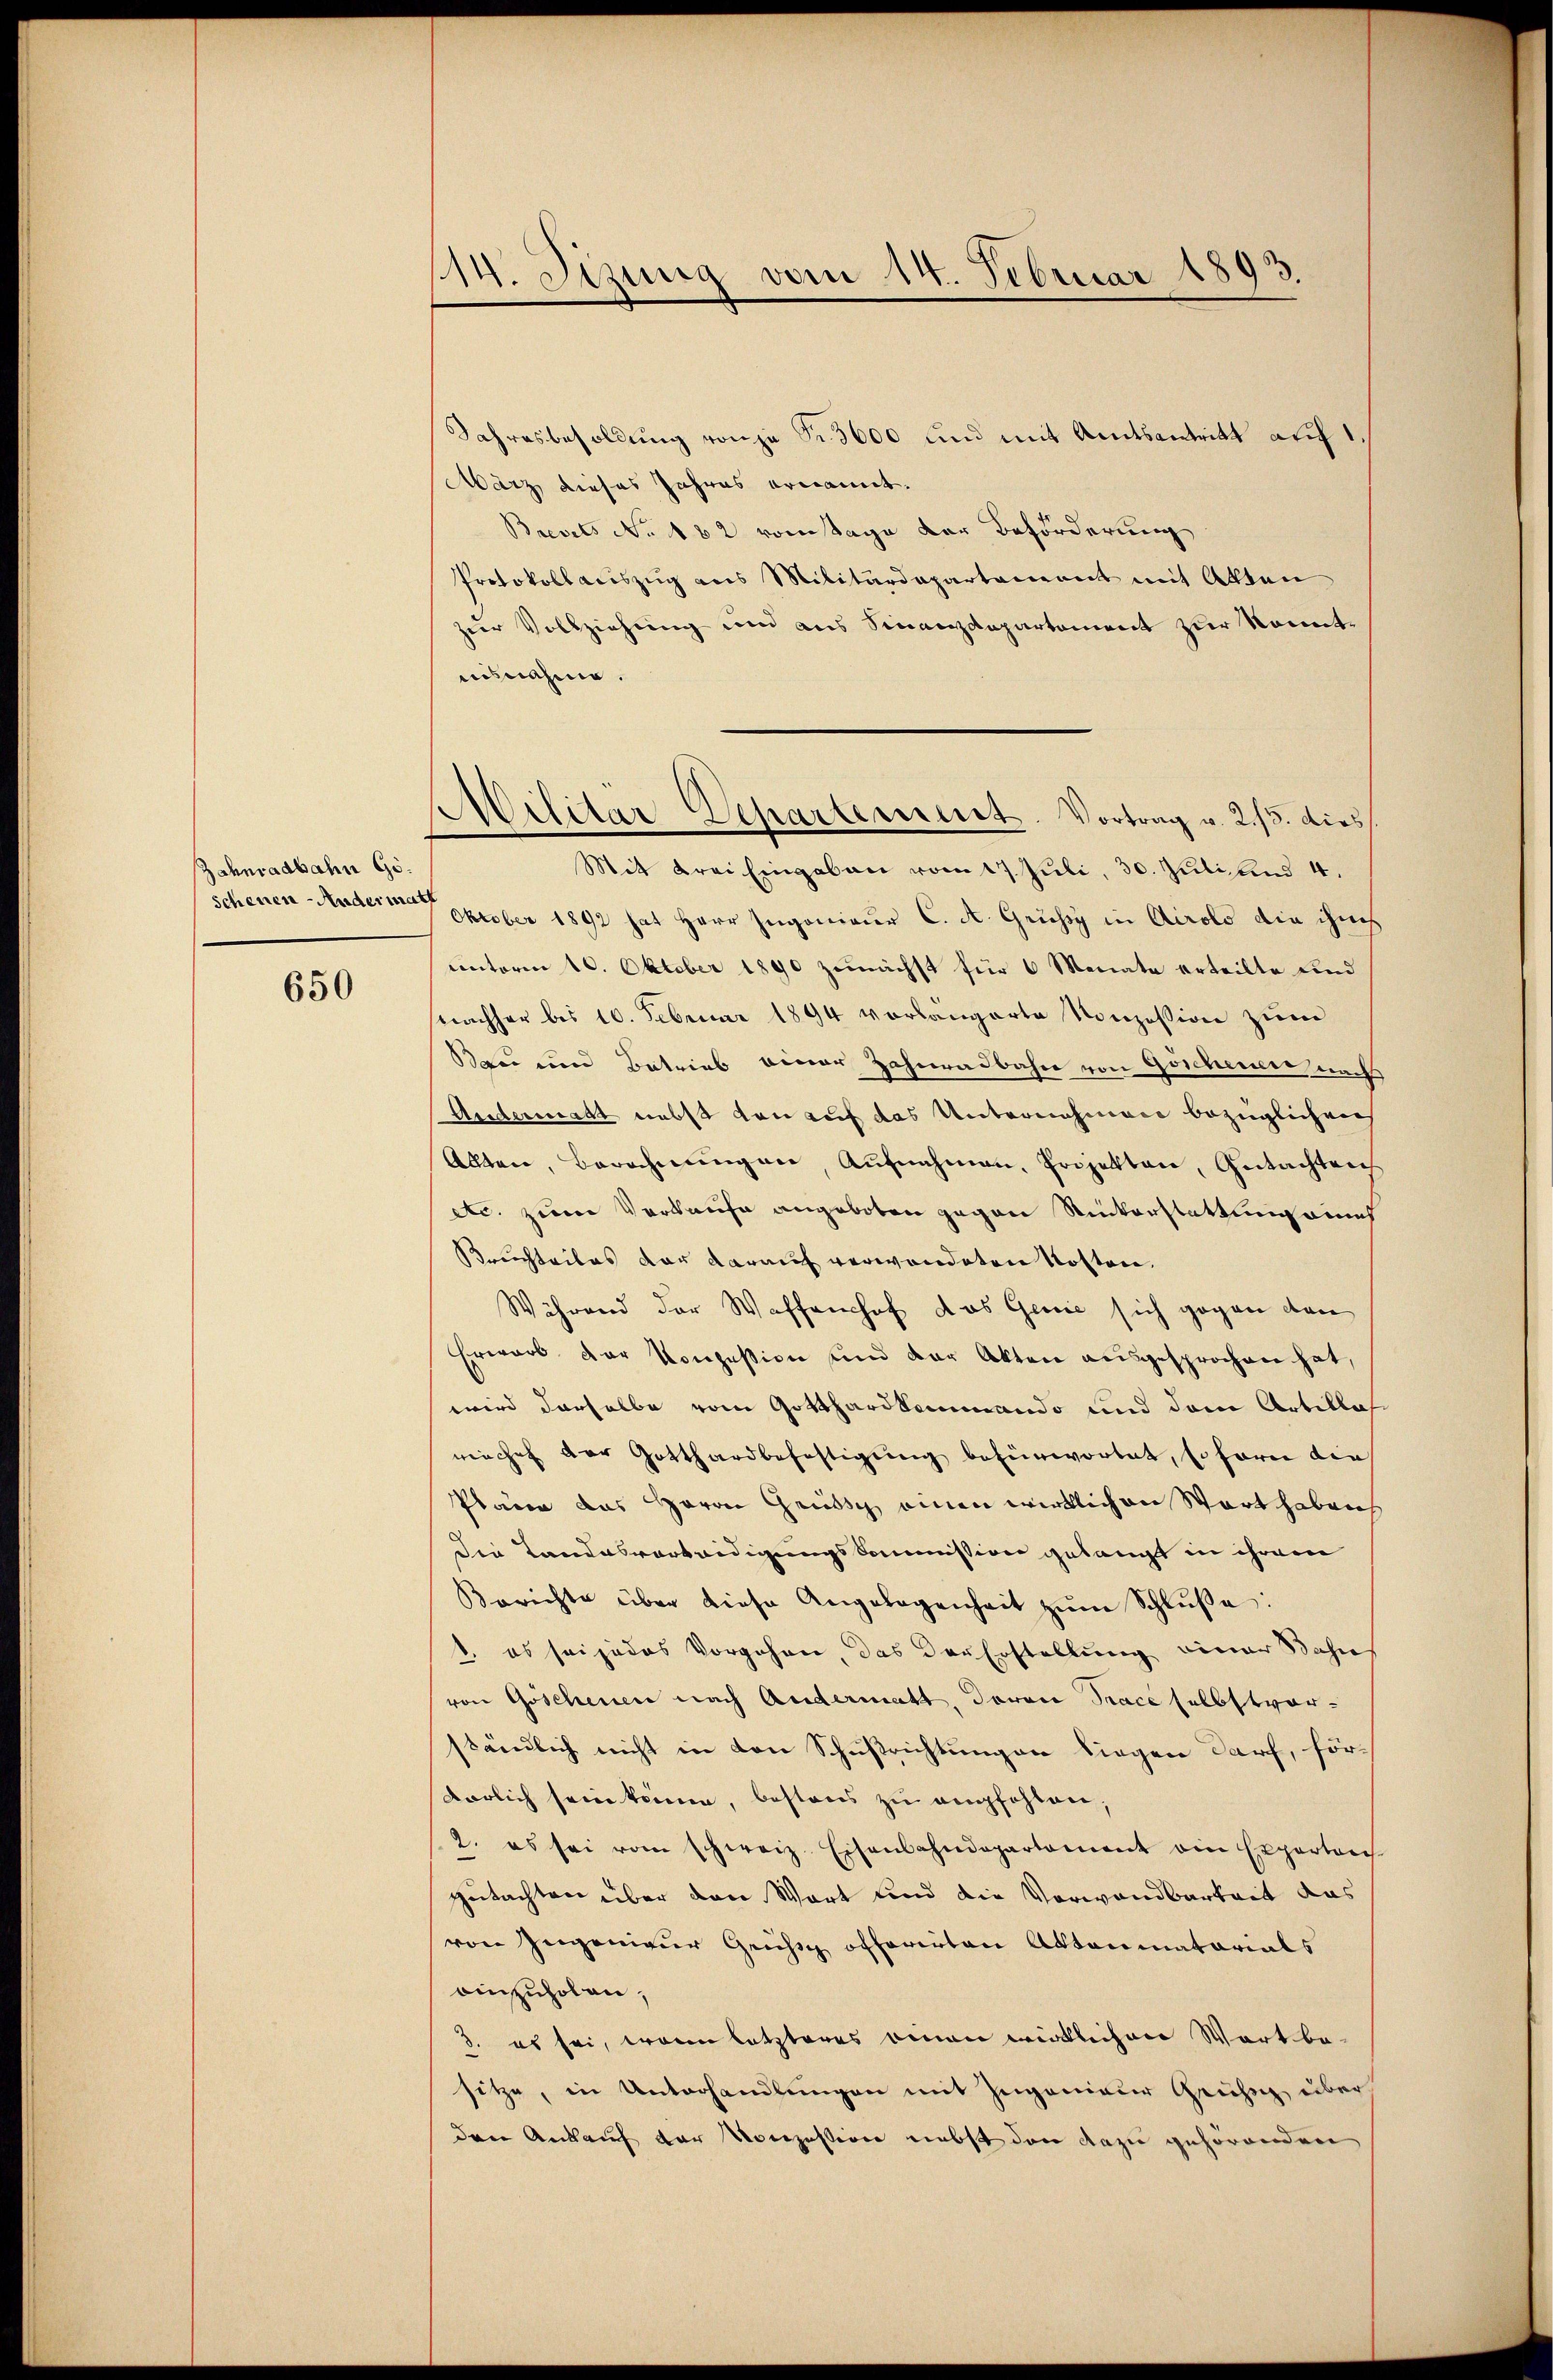
Zahnradbahn Go
scheuen-Andermath

650

Jahresbesoldung von zu Nr. 3600 und mit Amtsantritt auf 1.
März dieses Jahres ernannt.
Brevets No. 182 vom Tage der Beförderung
Protokollaciszug aus Militärdepartement mit Akten
zur Vollziehung und aus Sinanzdepartement zur konnte
ausnahme.
Mit Krei Eingaben vom 17. Juli 30. Juli und 4.
Oktober 1892 hat Herr Ingenieur C. A. Grussi in Airolo die ihm
unterm 10. Oktober 1890 zunächst für 6 Monate erteilte und
nachher bis 10. Februar 1894 vorlängerte Konzession zŭm
Bau und Betrieb einer Zahnradbahn von Göscheuere nachs
Andermatt nebst von auf das Unternahmen bezüglich ver
Allten, Berechnŭngen Aŭfnahmen, Projekten, Gutachten
ec. zum Verkaufe angeboten gegen Rickerstattung eines
Breichteiles der darauf verwendeten Kosten
Während der Waffenhof das Genie sich gegen den
Erwarb der Konzession und der Akten ausgesprochen hat,
wird derselbe vom Gotthardkenmando und dem Artillaswieche der Gotthardbefestigŭng befürwortet, so fern die
Plane das Herrn Grüsch einen wirklichen Wort haben
die Landesverteidigungskommission gelangt in ihrem
Berichte über diese Angelegenheit zŭm Schlŭβe:
1. es sei jedes Vorgehen, das der Erstellung einer Bahns
von Goschenen nach Andermatt, davon Trace selbstverständlich nicht in den Schußrichtungen liegen darf, för-
darlich sein könne, bestens zu empfohlen.
2. es sei vom schweiz. Eisenbahndepartement ein Expertoris
gutachten über den Wort und die Vorwandbarkeit das
von Gegenieur Gruss offerirten Aktenmatorials
einzuholen,
3. es sei, worin letzteres einen wirklichen Wortbesitze, in Unterhandlungen mit Ingenieur Grüssig über
den Ankauf der Konzession nebst den dazu gehörenden

14. Jezung vom 14. Februar 1893.

Militär Departement. Vortrag v. 2./3. dies